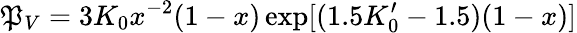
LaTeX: \mathfrak{P}_{V}=3K_{0}x^{-2}(1-x)\exp[(1.5K_{0}^{\prime}-1.5)(1-x)]